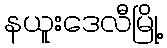
နယူးဒေလီမြို့